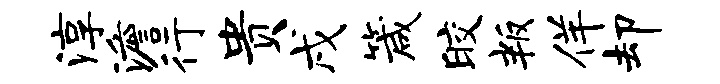
淳澹行贵戌箴皎叛佯却